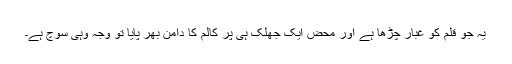
یہ جو قلم کو غبار چڑھا ہے اور محض ایک جھلک ہی پر کالم کا دامن بھر پایا تو وجہ وہی سوچ ہے۔